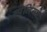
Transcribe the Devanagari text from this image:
स्पेलिंगचे